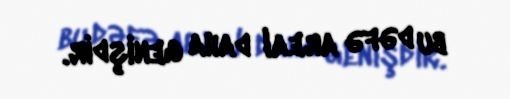
bu dəfə areal daha genişdir.